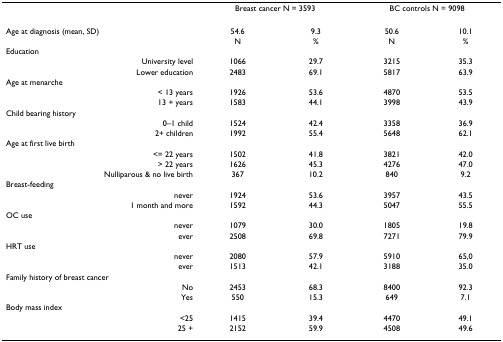
|  | <COLSPAN=2> Breast cancer N = 3593 | <COLSPAN=2> BC controls N = 9098 |
 | --- | --- | --- | --- | --- |
 | Age at diagnosis (mean, SD) | 54.6 | 9.3 | 50.6 | 10.1 |
 |  | N | % | N | % |
 | Education |  |  |  |  |
 | University level | 1066 | 29.7 | 3215 | 35.3 |
 | Lower education | 2483 | 69.1 | 5817 | 63.9 |
 | Age at menarche |  |  |  |  |
 | < 13 years | 1926 | 53.6 | 4870 | 53.5 |
 | 13 + years | 1583 | 44.1 | 3998 | 43.9 |
 | Child bearing history |  |  |  |  |
 | 0–1 child | 1524 | 42.4 | 3358 | 36.9 |
 | 2+ children | 1992 | 55.4 | 5648 | 62.1 |
 | Age at first live birth |  |  |  |  |
 | <= 22 years | 1502 | 41.8 | 3821 | 42.0 |
 | > 22 years | 1626 | 45.3 | 4276 | 47.0 |
 | Nulliparous & no live birth | 367 | 10.2 | 840 | 9.2 |
 | Breast-feeding |  |  |  |  |
 | never | 1924 | 53.6 | 3957 | 43.5 |
 | 1 month and more | 1592 | 44.3 | 5047 | 55.5 |
 | OC use |  |  |  |  |
 | never | 1079 | 30.0 | 1805 | 19.8 |
 | ever | 2508 | 69.8 | 7271 | 79.9 |
 | HRT use |  |  |  |  |
 | never | 2080 | 57.9 | 5910 | 65,0 |
 | ever | 1513 | 42.1 | 3188 | 35.0 |
 | Family history of breast cancer |  |  |  |  |
 | No | 2453 | 68.3 | 8400 | 92.3 |
 | Yes | 550 | 15.3 | 649 | 7.1 |
 | Body mass index |  |  |  |  |
 | <25 | 1415 | 39.4 | 4470 | 49.1 |
 | 25 + | 2152 | 59.9 | 4508 | 49.6 |